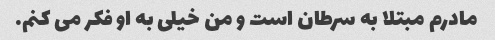
مادرم مبتلا به سرطان است و من خیلی به او فکر می کنم.